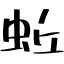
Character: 蚯